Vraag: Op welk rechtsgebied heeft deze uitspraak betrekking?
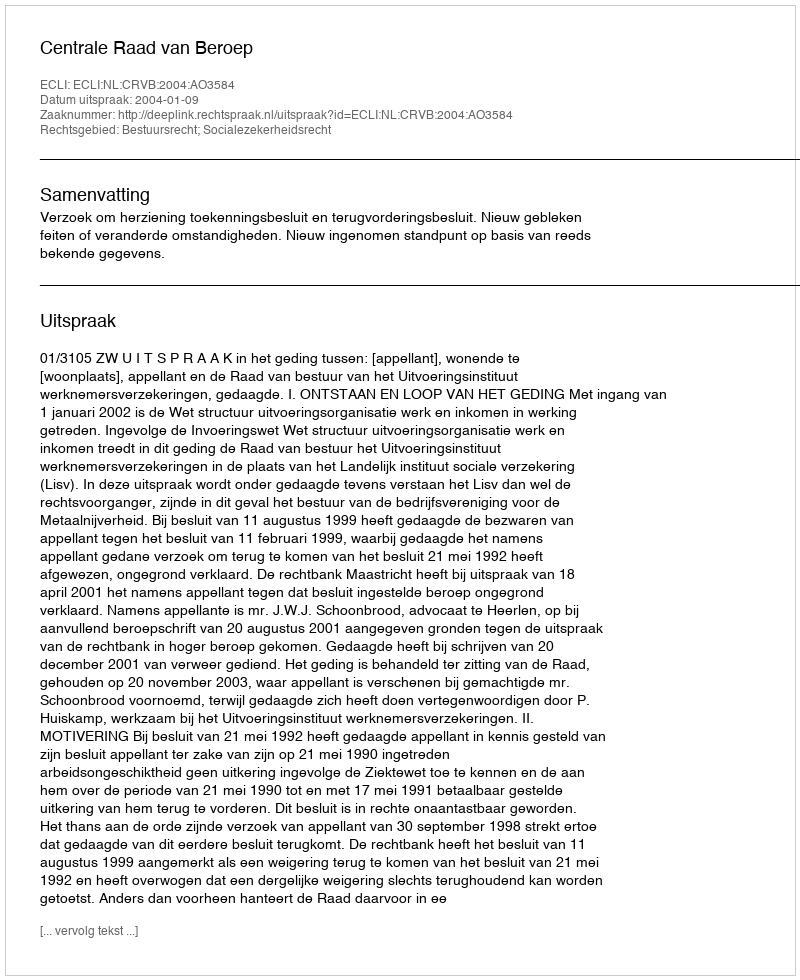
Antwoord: Bestuursrecht; Socialezekerheidsrecht